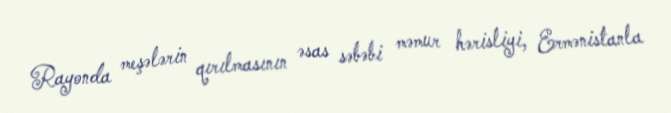
Rayonda meşələrin qırılmasının əsas səbəbi məmur hərisliyi, Ermənistanla